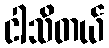
ငါသိတယ်